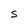
Character: S